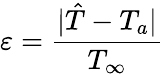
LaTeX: \varepsilon=\frac{|\hat{T}-T_{a}|}{T_{\infty}}